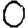
Digit: 0